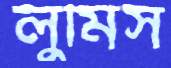
লুমিস